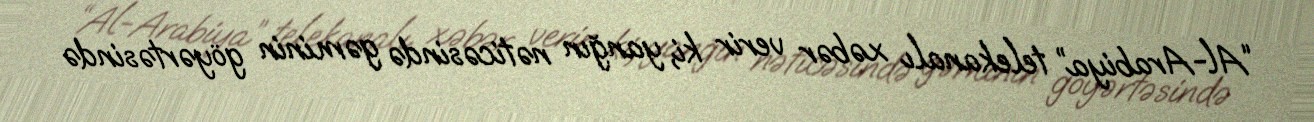
“Al-Arabiya” telekanalı xəbər verir ki, yanğın nəticəsində gəminin göyərtəsində